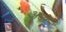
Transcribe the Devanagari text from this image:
अर्वो